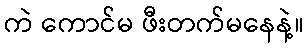
ကဲ ကောင်မ ဖီးတက်မနေနဲ့။